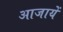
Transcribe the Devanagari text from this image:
आजायें